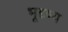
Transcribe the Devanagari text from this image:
भूदृष्य